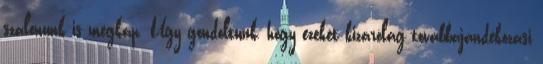
szalonunk is megkap. Úgy gondoltunk, hogy ezeket kizárólag továbbajándékozási